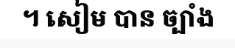
។ សៀម បាន ច្បាំង